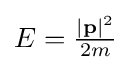
E={\tfrac {|\mathbf {p} |^{2}}{2m}}